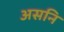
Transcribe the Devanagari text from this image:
असनि